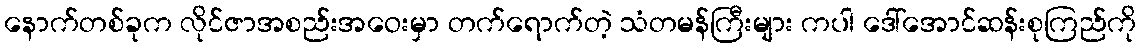
နောက်တစ်ခုက လိုင်ဇာအစည်းအဝေးမှာ တက်ရောက်တဲ့ သံတမန်ကြီးများ ကပါ ဒေါ်အောင်ဆန်းစုကြည်ကို